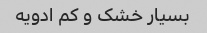
بسیار خشک و کم ادویه